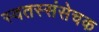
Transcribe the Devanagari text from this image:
स्वतस्संसेचक